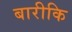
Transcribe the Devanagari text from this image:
बारीकि